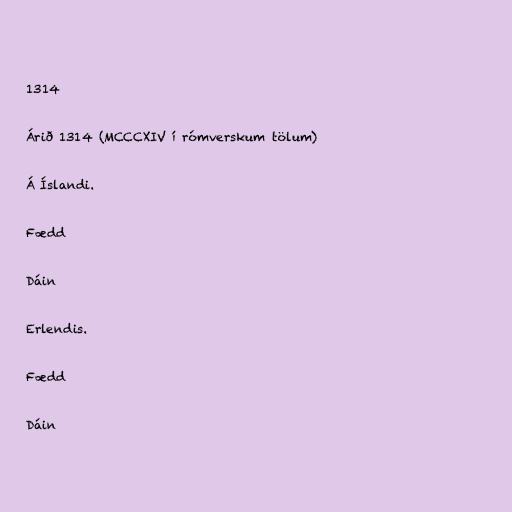
1314

Árið 1314 (MCCCXIV í rómverskum tölum)

Á Íslandi.

Fædd

Dáin

Erlendis.

Fædd

Dáin